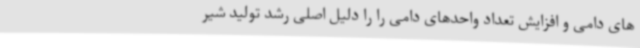
های دامی و افزایش تعداد واحدهای دامی را را دلیل اصلی رشد تولید شیر